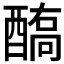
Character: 𨢗